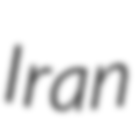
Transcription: Iran